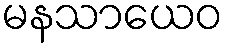
မနသာယေဝ